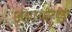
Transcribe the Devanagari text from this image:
अझहरुद्दीनकडून